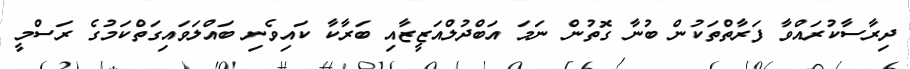
ދިރާސާކުރައްވާ ފަރާތްތަކުން ބުނާ ގޮތުން ނަމަ އަބްދުލްއަޒީޒާއި ބަރާކާ ކައިވެނި ބައްލަވައިގަތްކަމުގެ ރަސްމީ